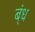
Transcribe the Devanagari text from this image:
ब्ंध